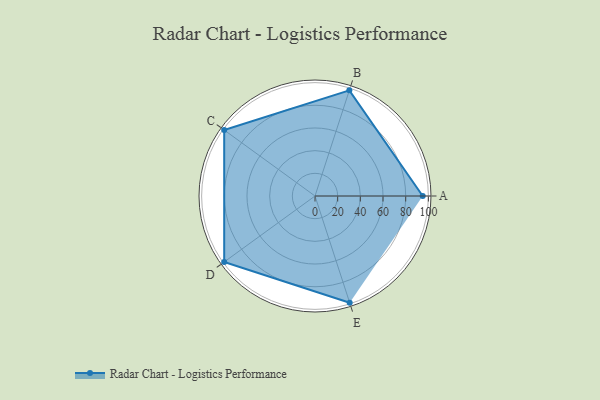
{"axis": {"x": "Skill", "y": "Score"}, "legend": ["Profile"], "data": [{"x": "A", "y": 95.0, "type": "Profile"}, {"x": "B", "y": 98.0, "type": "Profile"}, {"x": "C", "y": 99.0, "type": "Profile"}, {"x": "D", "y": 99, "type": "Profile"}, {"x": "E", "y": 99, "type": "Profile"}]}